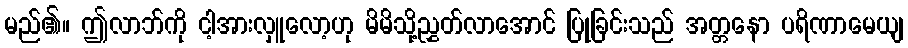
မည်၏။ ဤလာဘ်ကို ငါ့အားလှူလော့ဟု မိမိသို့ညွှတ်လာအောင် ပြုခြင်းသည် အတ္တနော ပရိဏာမေယျ